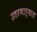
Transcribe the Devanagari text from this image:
उतरणार्यात